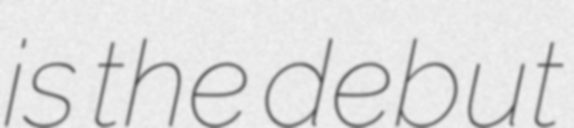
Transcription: is the debut